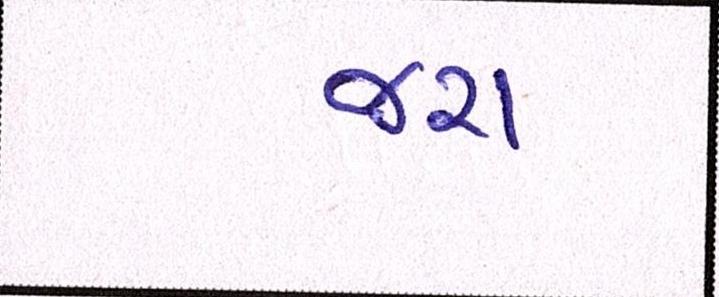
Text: જરા